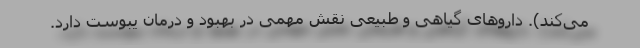
می‌کند). داروهای گیاهی و طبیعی نقش مهمی در بهبود و درمان یبوست دارد.